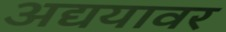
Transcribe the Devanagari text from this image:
अद्ययावर